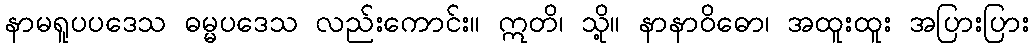
နာမရူပပဒေသ ဓမ္မပဒေသ လည်းကောင်း။ ဣတိ၊ သို့။ နာနာဝိဓော၊ အထူးထူး အပြားပြား